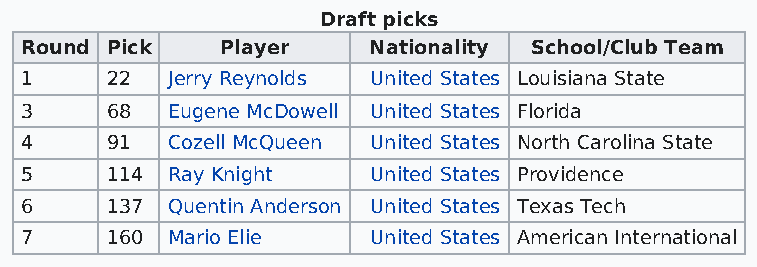
Draft picks
 Round Pick    Player   Nationality School/Club Team
 1     22  Jerry Reynolds United States Louisiana State
 3     68  Eugene McDowell United States Florida
 4     91  Cozell McQueen United States North Carolina State
 5     114 Ray Knight   United States Providence
 6     137 Quentin Anderson United States Texas Tech
 7     160 Mario Elie   United States American International